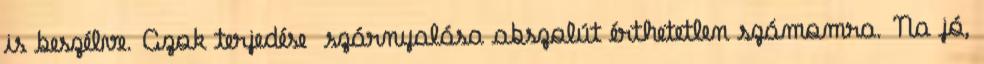
is beszélve. Azok terjedése szárnyalása abszolút érthetetlen számomra. Na jó,